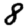
Digit: 8